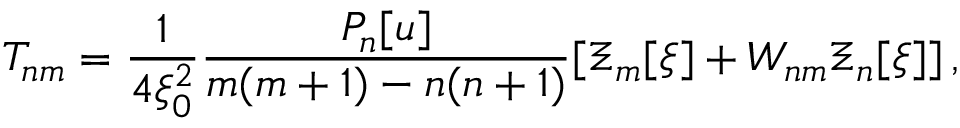
T _ { n m } = \frac { 1 } { 4 \xi _ { 0 } ^ { 2 } } \frac { P _ { n } [ u ] } { m ( m + 1 ) - n ( n + 1 ) } [ \Xi _ { m } [ \xi ] + W _ { n m } \Xi _ { n } [ \xi ] ] \, , \